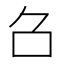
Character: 𠮥